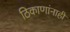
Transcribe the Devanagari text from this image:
ठिकाणांनाही